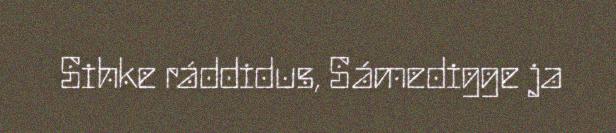
Sihke ráddidus, Sámedigge ja